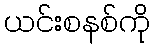
ယင်းစနစ်ကို